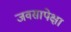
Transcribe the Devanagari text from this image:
जवसापेक्षा